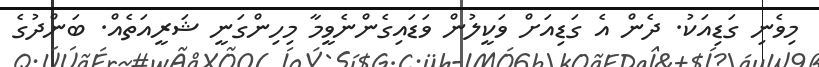
މިވެނި ގަޑިއަކު. ދެން އެ ގަޑިއަށް ވަކީލުން ވަޑައިގެންނެވީމާ މިހިންގަނީ ޝަރީއަތެއް. ބަންދުގެ